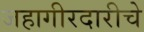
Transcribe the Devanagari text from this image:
जहागीरदारीचे